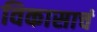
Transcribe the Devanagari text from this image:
विकासाचं